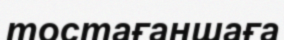
тостағаншаға